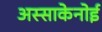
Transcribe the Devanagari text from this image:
अस्साकेनोई